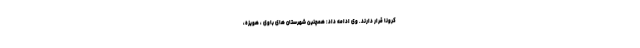
کرونا قرار دارند. وی ادامه داد: همچنین شهرستان های باوی ، هویزه،